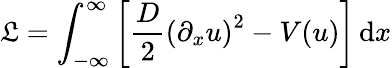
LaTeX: {\mathfrak{L}}=\int_{-\infty}^{\infty}\left[{\frac{D}{2}}\left(\partial_{x}u\right)^{2}-V(u)\right]\, {\mathrm{d}}x